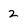
Character: 2